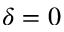
\delta = 0